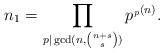
LaTeX: \begin{align*}n_1=\displaystyle \prod_{p| \gcd (n,\binom{n+s}{s})}p^{_p(n)}.\end{align*}